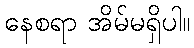
နေစရာ အိမ်မရှိပါ။